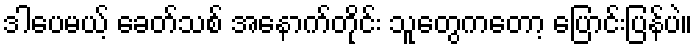
ဒါပေမယ့် ခေတ်သစ် အနောက်တိုင်း သူတွေကတော့ ပြောင်းပြန်ပဲ။